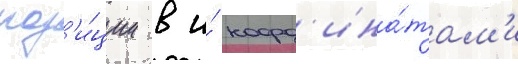
поз'и́ции в и́ коорд'ина́там'и